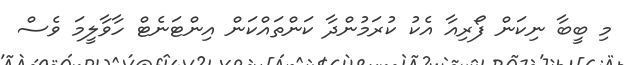
މި ބީބާ ނިކަން ފޯރިއާ އެކު ކުރަމުންދާ ކަންތައްކަން އިންޓަނެޓް ހާވާލީމަ ވެސް